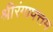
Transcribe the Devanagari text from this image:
श्रीरंगापत्तम